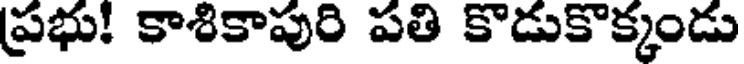
ప్రభు! కాశికాపురి పతి కొడుకొక్కండు